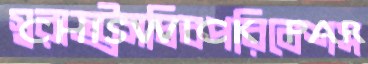
স্বরাষ্ট্রসচিবপরিবেশস